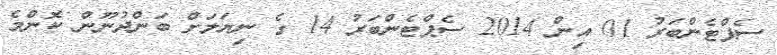
ސެޕްޓެންބަރު 01 އިން 2014 ސެޕްޓެންބަރު 14 ގެ ނިޔަލަށް ބަންދުނޫން ކޮންމެ